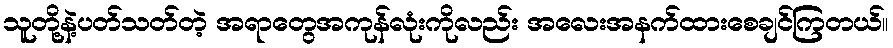
သူတို့နဲ့ပတ်သတ်တဲ့ အရာတွေအကုန်လုံးကိုလည်း အလေးအနက်ထားစေချင်ကြတယ်။